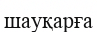
шауқарға